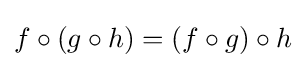
f\circ (g\circ h)=(f\circ g)\circ h